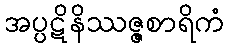
အပ္ပဋိနိဿဇ္ဇစာရိကံ